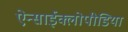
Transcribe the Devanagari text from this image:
ऐन्साईक्लोपीडिया